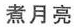
煮月亮